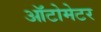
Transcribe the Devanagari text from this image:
ऑटोमेटर